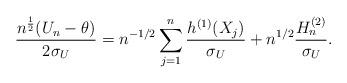
LaTeX: \begin{align*}\frac{{n^{\frac{1}{2}}}( U_n - \theta)}{2\sigma_U} = n^{{-1}/{2}}\sum_{j=1}^{n}\frac{h^{(1)}(X_j)}{\sigma_U} + n^{1/2}\frac{H^{(2)}_n}{\sigma_U}.\end{align*}